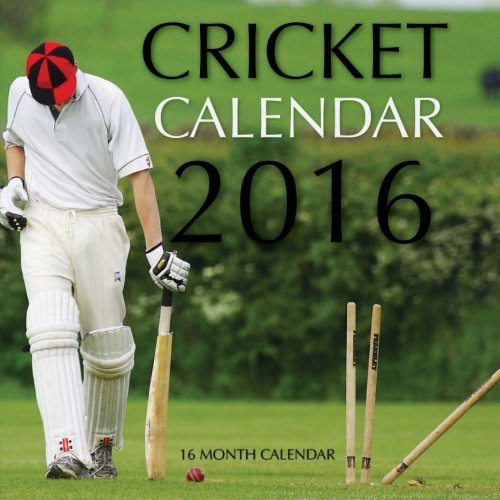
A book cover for Cricket Calendar 2016: 16 Month Calendar; Jack Smith; Sports & Outdoors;